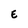
Character: E